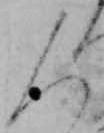
人